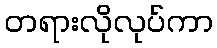
တရားလိုလုပ်ကာ